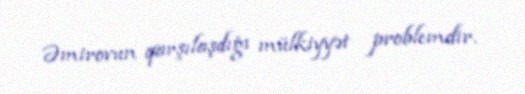
Əmirovun qarşılaşdığı mülkiyyət problemdir.